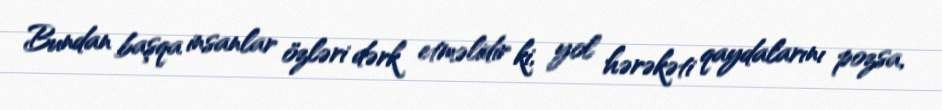
Bundan başqa insanlar özləri dərk etməlidir ki, yol hərəkəti qaydalarını pozsa,